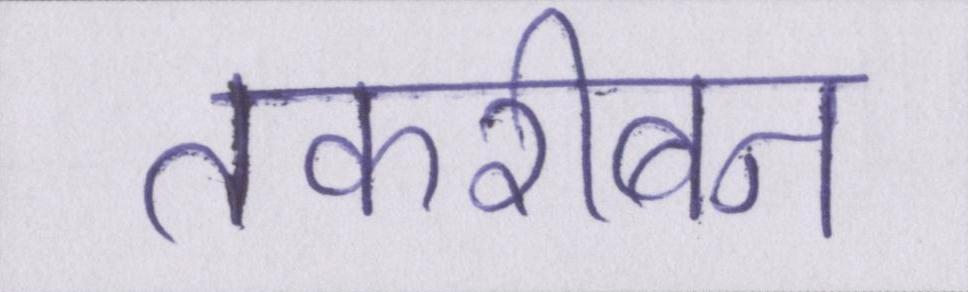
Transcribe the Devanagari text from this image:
तकरीबन